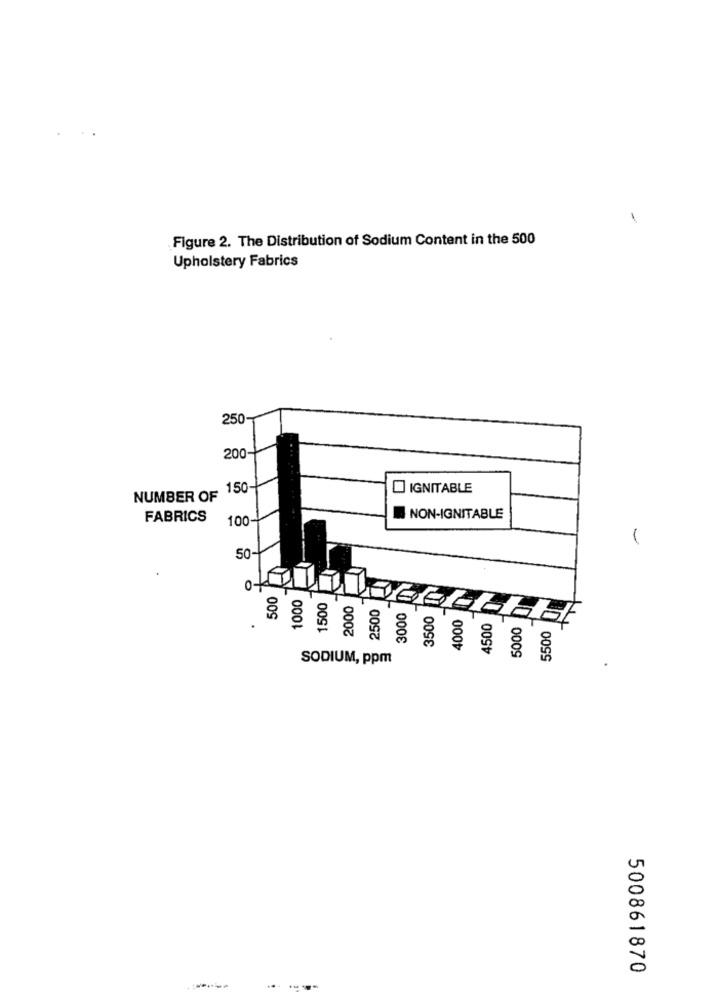
-
Figure 2. The Distribution of Sodium Content in the 500
Upholstery Fabrics
250
200-
NUMBER OF 150-
IGNITABLE
FABRICS
100-
A NON-IGNITABLE
50-
O
§ § gg
2500
3000
3500
4000
4500
5000
5500
SODIUM, ppm
500861870